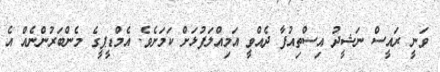
ވަނީ ރައީސް ނަޝީދު އިސްތިއުފާ ދެއްވީ އަމިއްލަފުޅަށް ކަމަށެވެ. އެމްޑީޕީގެ މެންބަރުންނެއް އެ